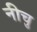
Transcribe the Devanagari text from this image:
नीचु